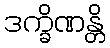
ဒက္ခိဏန္တိ